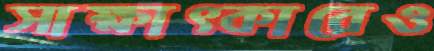
সাক্ষাত্কারেও